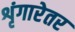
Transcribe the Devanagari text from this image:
शृंगारेतर